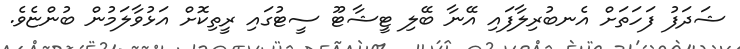
ޝަދަފު ފަހަތަށް އެނބުރިލާފައި އޭނާ ބޭލި ޓީޝާޓޫ ސީޓުގައި ރީތިކޮށް އަޅުވާލަމުން ބުންޏެވެ.